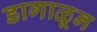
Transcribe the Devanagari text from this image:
डागाळून